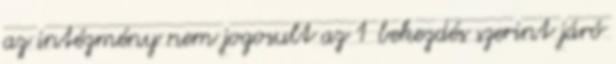
az intézmény nem jogosult az 1 bekezdés szerint járó